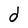
Character: d